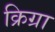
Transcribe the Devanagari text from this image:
क्रिग्रा